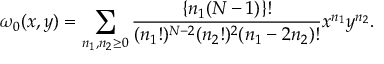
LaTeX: \omega _ { 0 } ( x , y ) = \sum _ { n _ { 1 } , n _ { 2 } \geq 0 } \frac { \{ n _ { 1 } ( N - 1 ) \} ! } { ( n _ { 1 } ! ) ^ { N - 2 } ( n _ { 2 } ! ) ^ { 2 } ( n _ { 1 } - 2 n _ { 2 } ) ! } x ^ { n _ { 1 } } y ^ { n _ { 2 } } .